NAE_Eesti_seltside_protokollid_1900-1917, lk 5
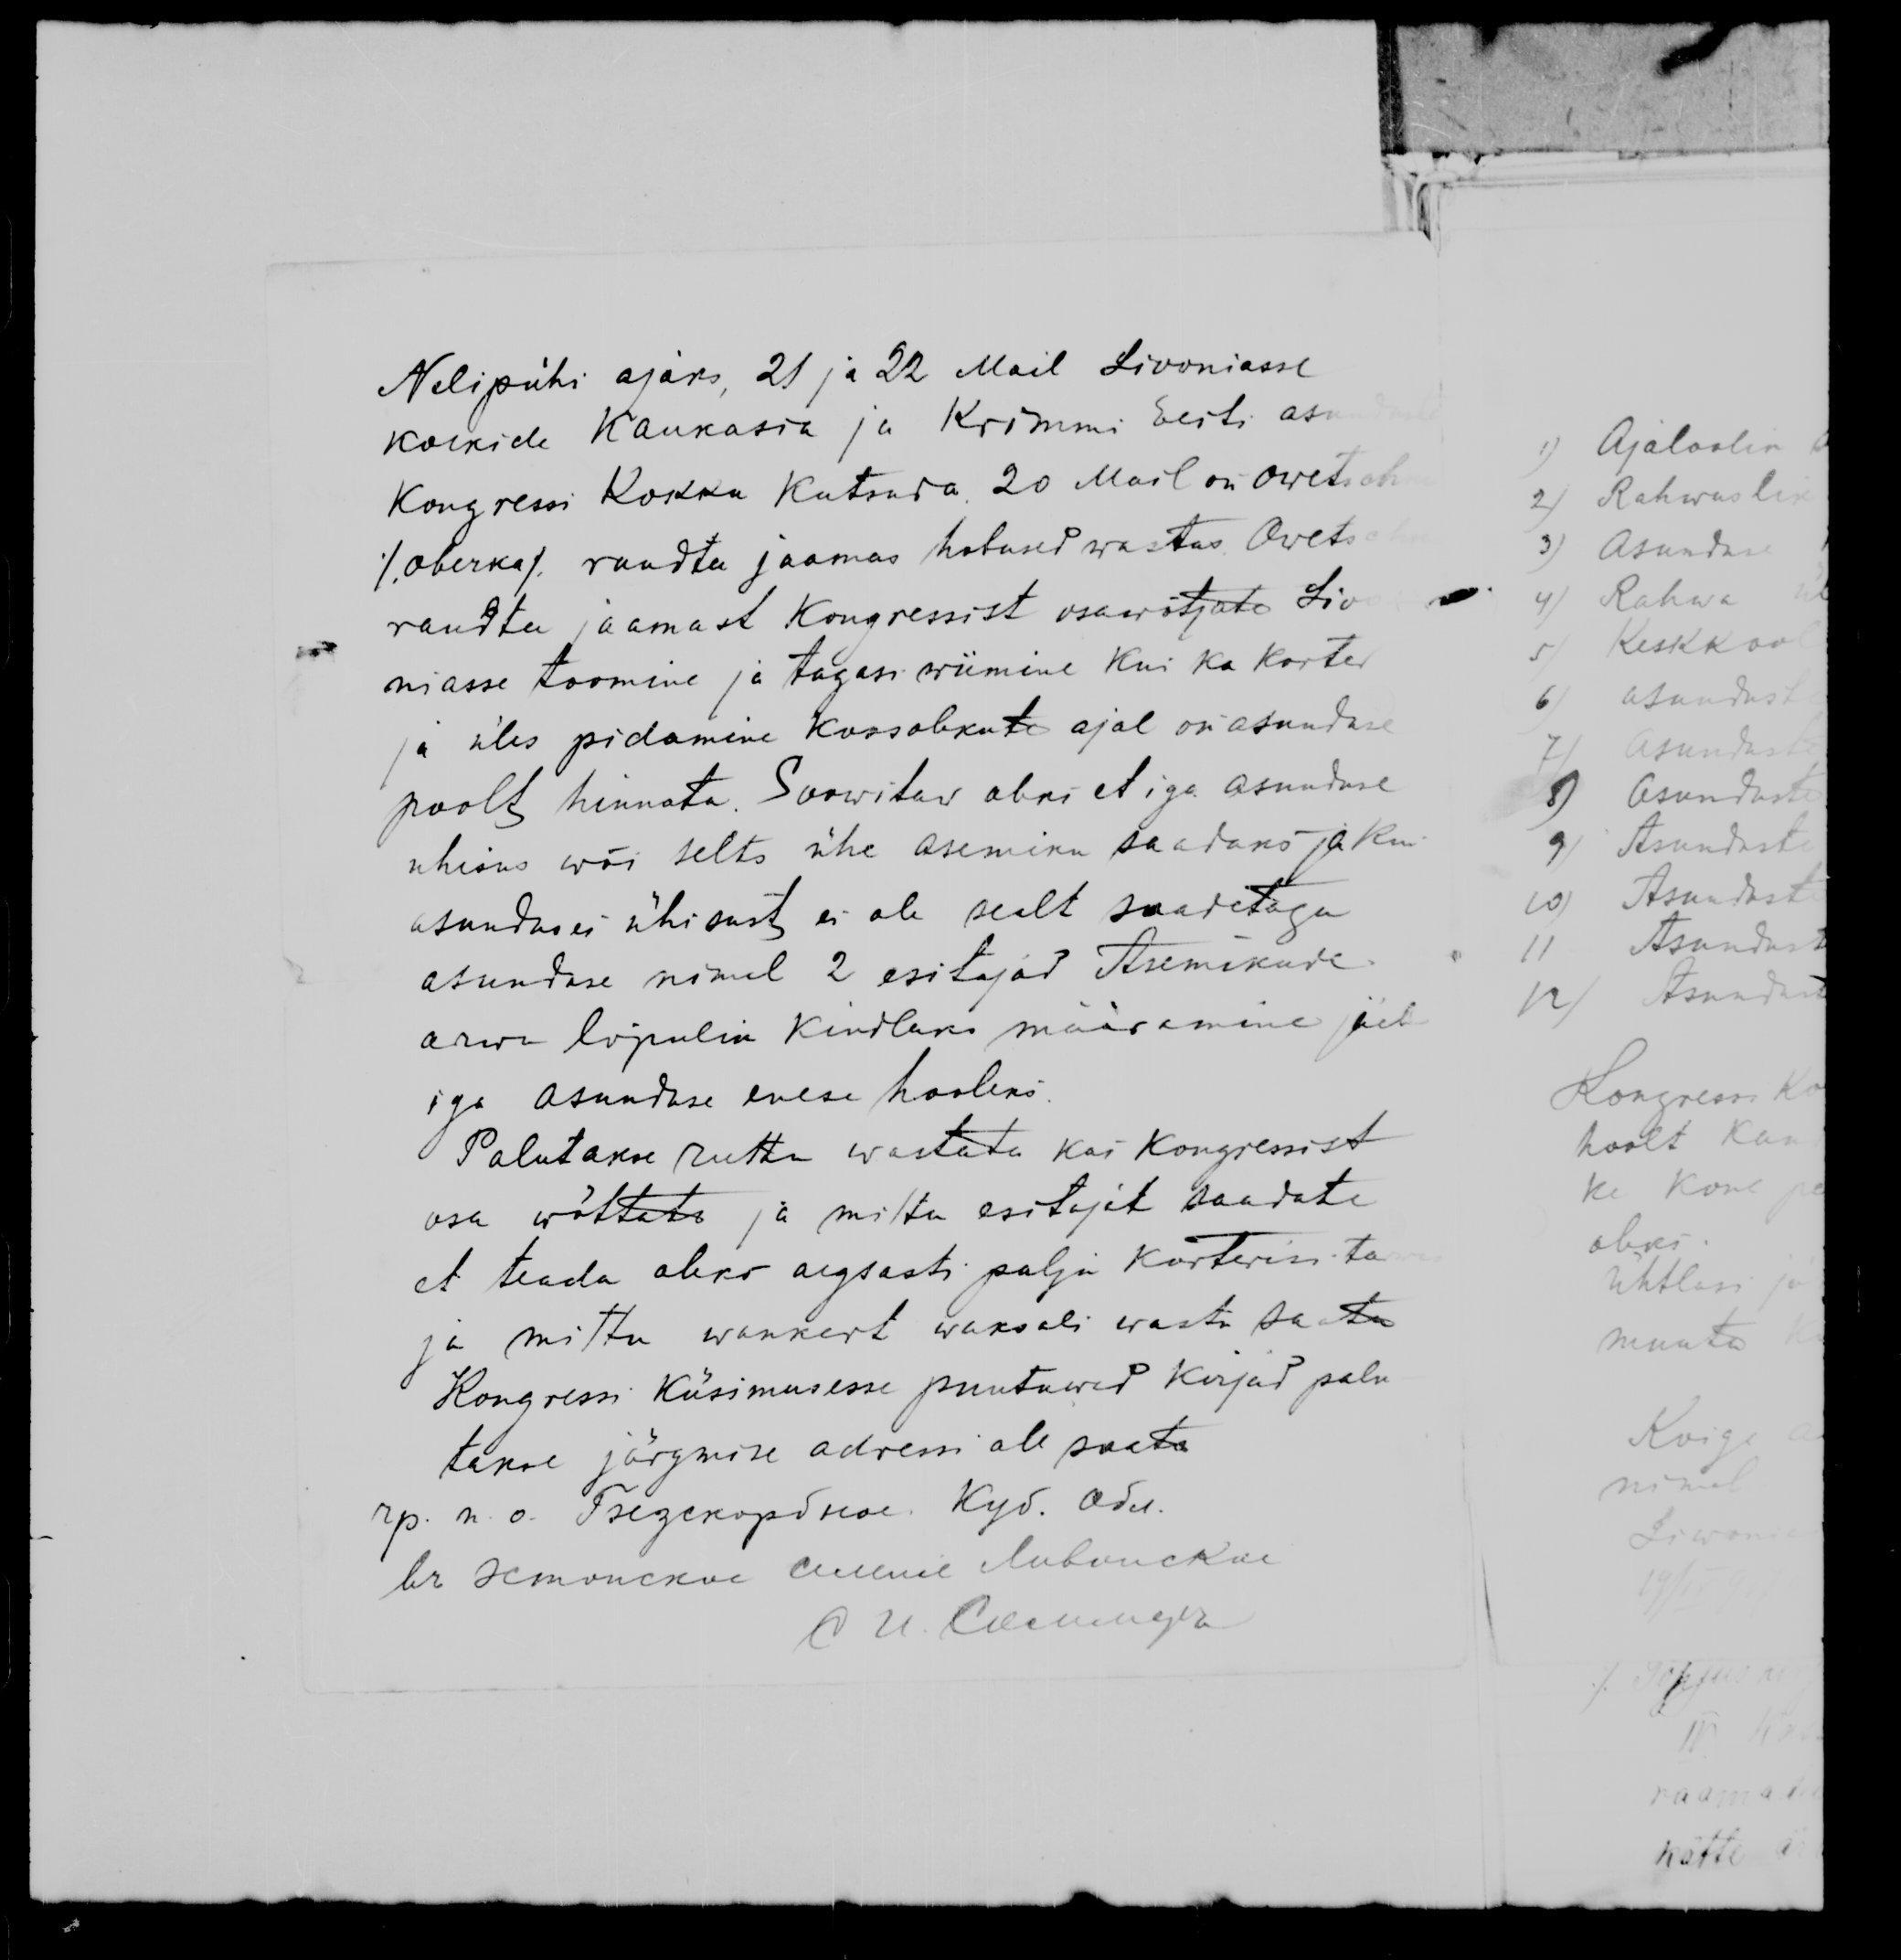
Nelipühi ajaks 21 ja 22 Mail Livoniasse
kõikide Kaukasia ja Krimmi Eesti asu
Kongressi kokku kutsuda. 20 Mail on Owetsch
/овечка/ raudtee jaamas hobused wastas Owets
raudtee jaamast Kongressist osawõtjate Liv
niasse toomine ja tagasi wiimine kui ka korter
ja üles pidamine kossolekute ajal on asunduse
poolt hinnata. Soowitaw oleks et iga asunduse
uhisus wõi selts ühe asemiku saadaks ja kui
asunduses ühisust ei ole sealt saadetegu
asunduse nimel 2 esitajat Asemikude
arwe lõpulik kindlaks määramine jääb
iga asunduse enese hooleks
Palutakse rutta wastata kui Kongressist
osa wõttata ja mittu esitajat saadate
et teada oleks aegsesti palju korterisita
ja mittu wankert waksali wastu saata
Kongressi küsimusesse puutawad kirjad palu
takse järgmise adressi all saata